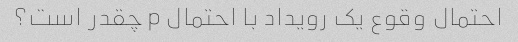
احتمال وقوع یک رویداد با احتمال p چقدر است؟